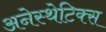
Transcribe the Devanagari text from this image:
अनेस्थेटिक्स